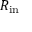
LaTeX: R _ { \mathrm { i n } }